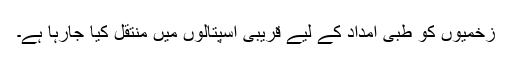
زخمیوں کو طبی امداد کے لیے قریبی اسپتالوں میں منتقل کیا جارہا ہے۔